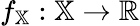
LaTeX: f_{\mathbb{X}}:\mathbb{X}\to\mathbb{R}